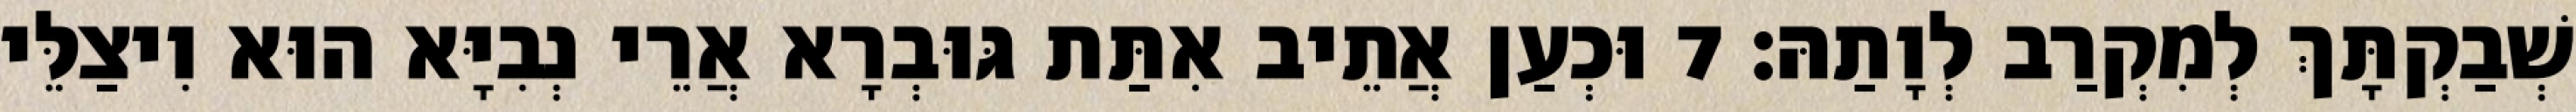
שְׁבַקְתָּךְ לְמִקְרַב לְוָתַהּ׃ 7 וּכְעַן אֲתֵיב אִתַּת גּוּבְרָא אֲרֵי נְבִיָּא הוּא וִיצַלֵּי